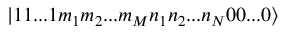
| 1 1 . . . 1 m _ { 1 } m _ { 2 } . . . m _ { M } n _ { 1 } n _ { 2 } . . . n _ { N } 0 0 . . . 0 \rangle